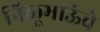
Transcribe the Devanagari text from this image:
निळूभाऊंचे